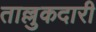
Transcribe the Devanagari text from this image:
ताल्लुकदारी